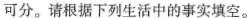
可分。请根据下列生活中的事实填空。